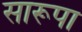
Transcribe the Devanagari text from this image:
सारूपा